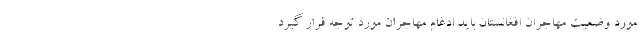
مورد وضعیت مهاجران افغانستان باید ادغام مهاجران مورد توجه قرار گیرد